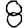
Digit: 8